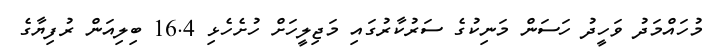
މުހައްމަދު ވަހީދު ހަސަން މަނިކުގެ ސަރުކާރުގައި މަޖިލީހަށް ހުށެހެޅި 16.4 ބިލިއަން ރުފިޔާގެ